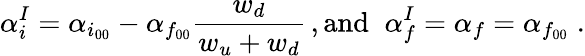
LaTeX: \alpha_{i}^{I}=\alpha_{i_{00}}-\alpha_{f_{00}}\frac{w_{d}}{w_{u}+w_{d}}\, ,\textrm{and}\; \; \alpha_{f}^{I}=\alpha_{f}=\alpha_{f_{00}}\; .